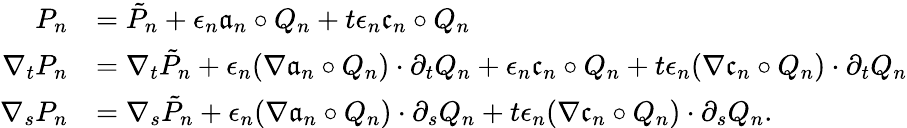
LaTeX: \begin{array}{rl}{P_{n}}&{=\tilde{P}_{n}+\epsilon_{n}\mathfrak{a}_{n}\circ Q_{n}+t\epsilon_{n}\mathfrak{c}_{n}\circ Q_{n}}\\ {\nabla_{t}P_{n}}&{=\nabla_{t}\tilde{P}_{n}+\epsilon_{n}(\nabla\mathfrak{a}_{n}\circ Q_{n})\cdot\partial_{t}Q_{n}+\epsilon_{n}\mathfrak{c}_{n}\circ Q_{n}+t\epsilon_{n}(\nabla\mathfrak{c}_{n}\circ Q_{n})\cdot\partial_{t}Q_{n}}\\ {\nabla_{s}P_{n}}&{=\nabla_{s}\tilde{P}_{n}+\epsilon_{n}(\nabla\mathfrak{a}_{n}\circ Q_{n})\cdot\partial_{s}Q_{n}+t\epsilon_{n}(\nabla\mathfrak{c}_{n}\circ Q_{n})\cdot\partial_{s}Q_{n}.}\end{array}